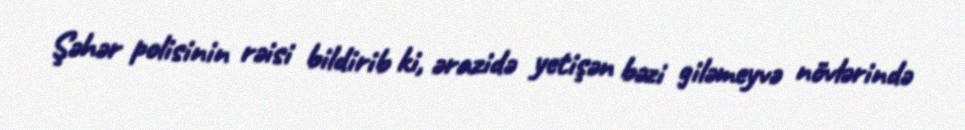
Şəhər polisinin rəisi bildirib ki, ərazidə yetişən bəzi giləmeyvə növlərində